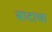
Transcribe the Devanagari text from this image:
साटाचा